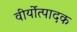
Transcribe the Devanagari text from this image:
वीर्योत्पादक